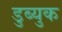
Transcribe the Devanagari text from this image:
डुब्युक